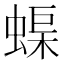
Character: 𮔟